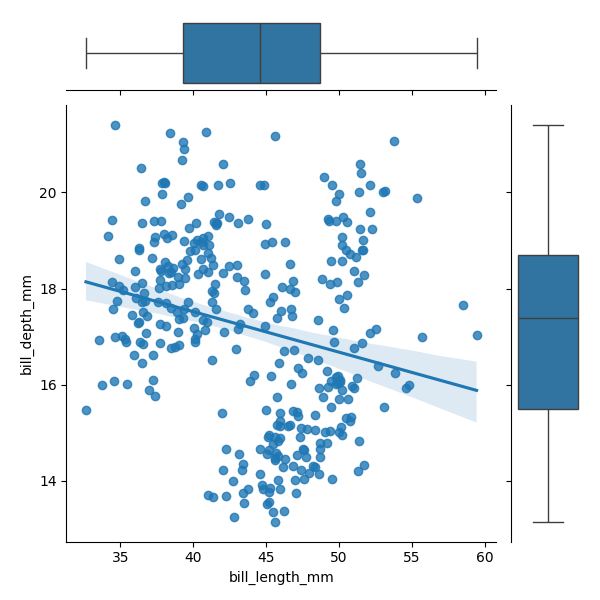
python, seaborn, JointGrid, regplot, boxplot